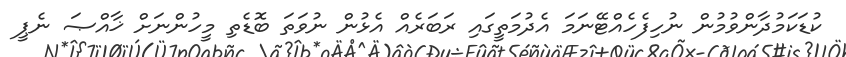
ކުޑަކަމުދާންވުމުން ނުހިފެހެއްޓޭނަމަ އެދުމަތީގައި ރަބަރެއް އެޅުން ނުވަތަ ބޮޑެތި މީހުންނަށް ޚާއްޞަ ނެޕީ